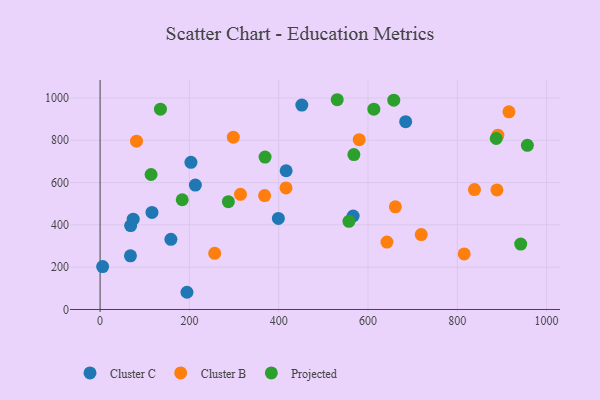
{"axis": {"x": "Experience", "y": "Fuel Efficiency"}, "legend": ["Cluster B", "Cluster C", "Projected"], "data": [{"x": "416.7", "y": 656.0, "type": "Cluster C"}, {"x": "451.8", "y": 966.2, "type": "Cluster C"}, {"x": "68.5", "y": 396.6, "type": "Cluster C"}, {"x": "566.8", "y": 442.0, "type": "Cluster C"}, {"x": "213.4", "y": 588.3, "type": "Cluster C"}, {"x": "116.2", "y": 458.7, "type": "Cluster C"}, {"x": "74.2", "y": 427.1, "type": "Cluster C"}, {"x": "5.7", "y": 202.8, "type": "Cluster C"}, {"x": "158.6", "y": 331.6, "type": "Cluster C"}, {"x": "68.0", "y": 253.7, "type": "Cluster C"}, {"x": "399.3", "y": 430.6, "type": "Cluster C"}, {"x": "194.6", "y": 81.4, "type": "Cluster C"}, {"x": "684.4", "y": 888.0, "type": "Cluster C"}, {"x": "203.5", "y": 695.8, "type": "Cluster C"}, {"x": "298.4", "y": 814.6, "type": "Cluster B"}, {"x": "81.6", "y": 795.8, "type": "Cluster B"}, {"x": "890.9", "y": 824.1, "type": "Cluster B"}, {"x": "642.5", "y": 318.9, "type": "Cluster B"}, {"x": "888.8", "y": 565.2, "type": "Cluster B"}, {"x": "719.3", "y": 354.1, "type": "Cluster B"}, {"x": "368.5", "y": 538.4, "type": "Cluster B"}, {"x": "314.4", "y": 544.4, "type": "Cluster B"}, {"x": "661.4", "y": 485.3, "type": "Cluster B"}, {"x": "256.7", "y": 265.5, "type": "Cluster B"}, {"x": "838.5", "y": 567.1, "type": "Cluster B"}, {"x": "580.3", "y": 802.6, "type": "Cluster B"}, {"x": "915.7", "y": 934.4, "type": "Cluster B"}, {"x": "815.5", "y": 262.8, "type": "Cluster B"}, {"x": "416.4", "y": 574.5, "type": "Cluster B"}, {"x": "114.2", "y": 638.1, "type": "Projected"}, {"x": "887.2", "y": 808.4, "type": "Projected"}, {"x": "184.0", "y": 518.9, "type": "Projected"}, {"x": "531.1", "y": 991.7, "type": "Projected"}, {"x": "135.2", "y": 947.2, "type": "Projected"}, {"x": "568.4", "y": 732.4, "type": "Projected"}, {"x": "369.5", "y": 720.6, "type": "Projected"}, {"x": "942.1", "y": 309.1, "type": "Projected"}, {"x": "657.8", "y": 989.4, "type": "Projected"}, {"x": "557.3", "y": 416.8, "type": "Projected"}, {"x": "287.3", "y": 509.6, "type": "Projected"}, {"x": "957.0", "y": 776.3, "type": "Projected"}, {"x": "613.1", "y": 946.8, "type": "Projected"}]}